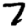
Digit: 7